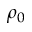
\rho _ { 0 }